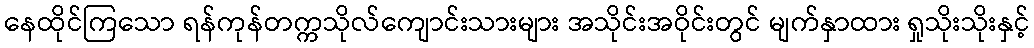
နေထိုင်ကြသော ရန်ကုန်တက္ကသိုလ်ကျောင်းသားများ အသိုင်းအဝိုင်းတွင် မျက်နှာထား ရှုသိုးသိုးနှင့်